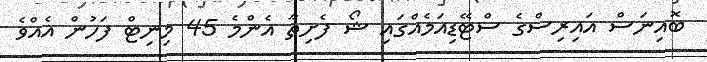
ބޮއިނަސް އައިރިސްގެ ސްޓޭޑިއަމެއްގައި ޝޯ ފެށިތާ އެންމެ 45 މިނިޓް ފަހުން އެއްވެ